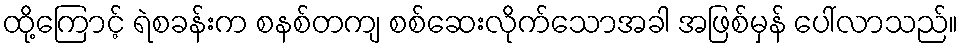
ထို့ကြောင့် ရဲစခန်းက စနစ်တကျ စစ်ဆေးလိုက်သောအခါ အဖြစ်မှန် ပေါ်လာသည်။